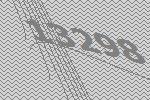
13298